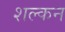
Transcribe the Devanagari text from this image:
शल्‍कन